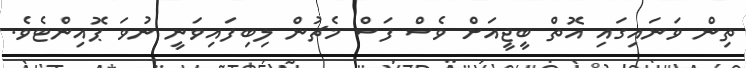
ތިން ވަނައިގައި އޮތް ބީޖީއަށް ވެސް ފަސް މެޗުން ލިބިފައިވަނީ ނުވަ ޕޮއިންޓެވެ.